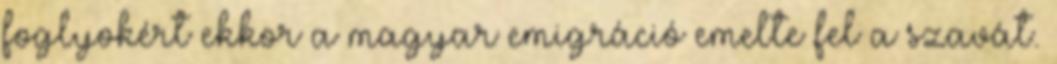
foglyokért ekkor a magyar emigráció emelte fel a szavát.